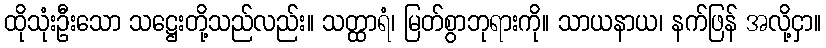
ထိုသုံးဦးသော သဋ္ဌေးတို့သည်လည်း။ သတ္ထာရံ၊ မြတ်စွာဘုရားကို။ သာယနာယ၊ နက်ဖြန် အလို့ငှာ။